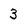
Character: 3